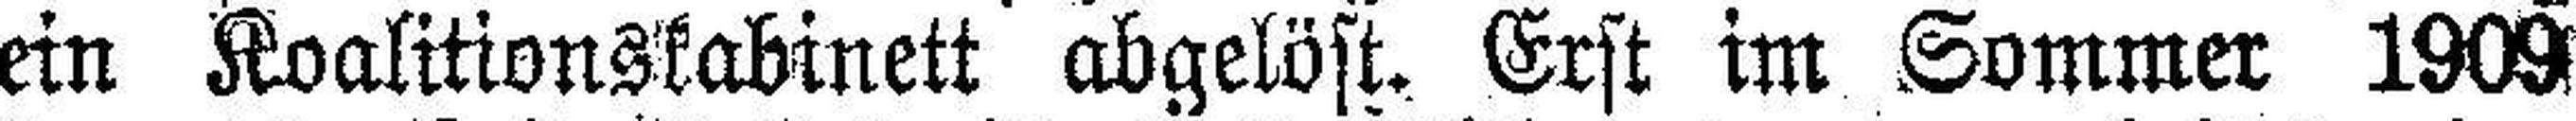
ein Koalitionskabinett abgelöst. Erst im Sommer 1909